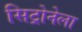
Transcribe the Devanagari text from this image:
सिट्रोनेला